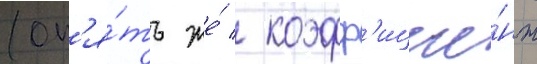
(оп'я́ть же́ / коэфф'ицие́нт